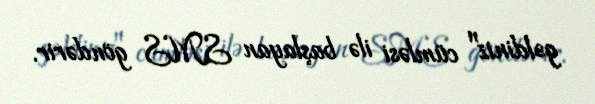
gəldiniz" cümləsi ilə başlayan SMS göndərir.